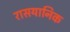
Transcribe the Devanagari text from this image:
रासयानिक